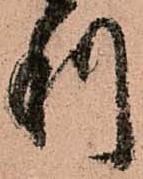
利